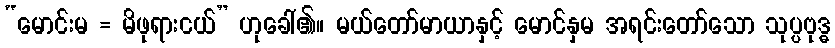
“မောင်းမ = မိဖုရားငယ်” ဟုခေါ်၏။ မယ်တော်မာယာနှင့် မောင်နှမ အရင်းတော်သော သုပ္ပဗုဒ္ဓ